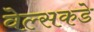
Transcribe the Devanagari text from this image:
वेल्सकडे